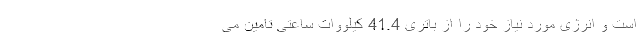
است و انرژی مورد نیاز خود را از باتری 41.4 کیلووات ساعتی تامین می